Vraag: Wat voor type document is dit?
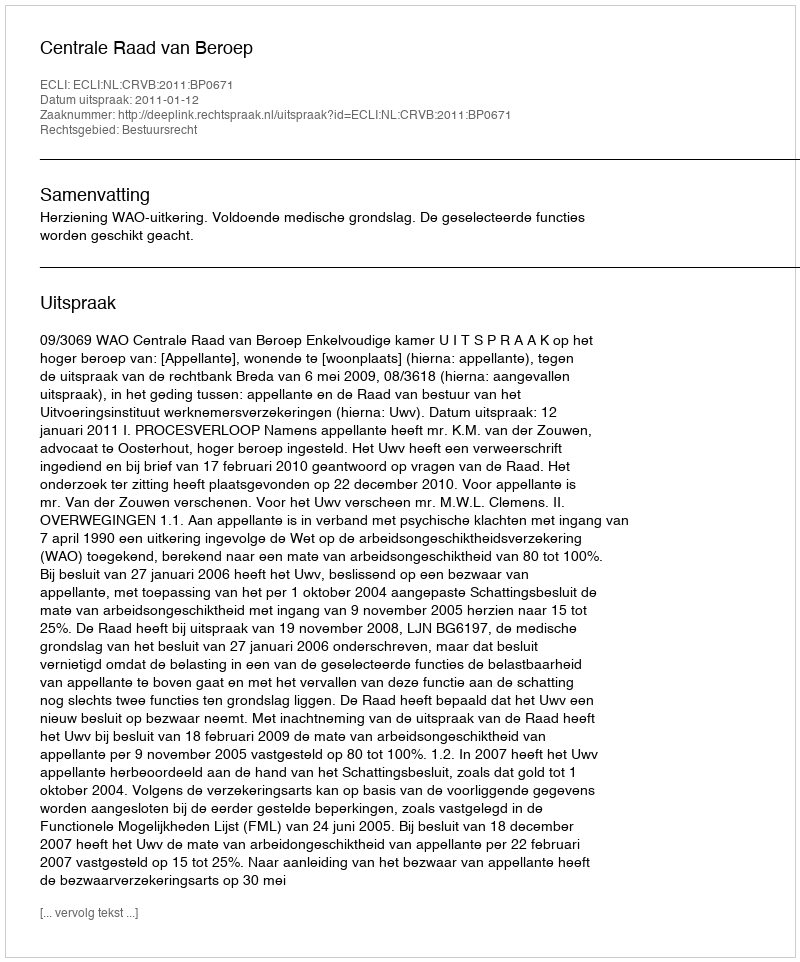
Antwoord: Uitspraak